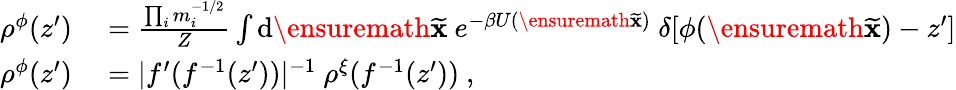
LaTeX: \begin{array}{rl}{\rho^{\phi}(z^{\prime})}&{{}=\frac{\prod_{i}m_{i}^{-1/2}}{Z}\int\mathrm{d}\ensuremath{{\widetilde{\mathbf{x}}}}\ e^{-\beta U(\ensuremath{{\widetilde{\mathbf{x}}}})}\ \delta[\phi(\ensuremath{{\widetilde{\mathbf{x}}}})-z^{\prime}]}\\ {\rho^{\phi}(z^{\prime})}&{{}=|f^{\prime}(f^{-1}(z^{\prime}))|^{-1}\ \rho^{\xi}(f^{-1}(z^{\prime}))\ ,}\end{array}